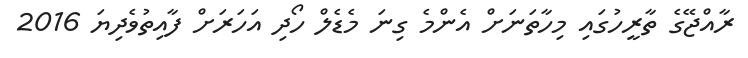
ރާއްޖޭގެ ތާރީހުގައި މިހާތަނަށް އެންމެ ގިނަ މެޑެލް ހޯދި އަހަރަށް ފާއިތުވެދިޔަ 2016